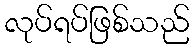
လုပ်ရပ်ဖြစ်သည်